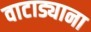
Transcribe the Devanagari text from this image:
वाटाड्याना